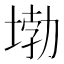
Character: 𡍧